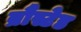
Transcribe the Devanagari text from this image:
ब्रौंस्टेड